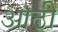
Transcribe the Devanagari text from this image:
आठी